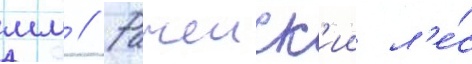
мм // Рачеиск'ии л'е́с